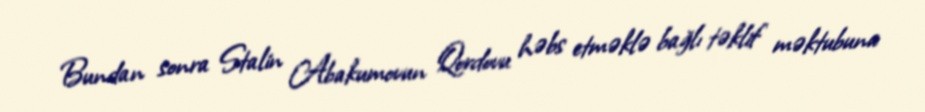
Bundan sonra Stalin Abakumovun Qordovu həbs etməklə bağlı təklif məktubuna